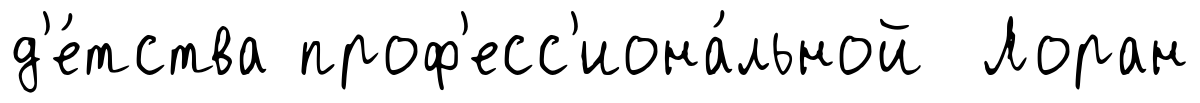
д'е́тства проф'есс'иона́льной Лоран